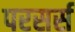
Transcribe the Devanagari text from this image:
परसर्स